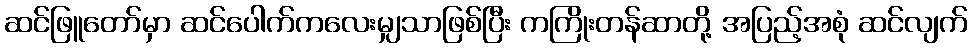
ဆင်ဖြူတော်မှာ ဆင်ပေါက်ကလေးမျှသာဖြစ်ပြီး ကကြိုးတန်ဆာတို့ အပြည့်အစုံ ဆင်လျက်